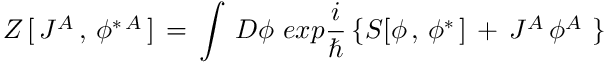
Z \, [ \, J ^ { A } \, , \, \phi ^ { \ast \, A } \, ] \, = \, \int \, { \cal D } \phi \, \, e x p { \frac { i } { \hbar } } \, \{ S [ \phi \, , \, \phi ^ { \ast } \, ] \, + \, J ^ { A } \, \phi ^ { A } \, \, \}